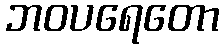
ဘဝပရေတော